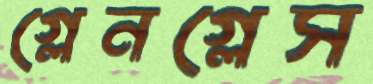
গ্লেনগ্লেস